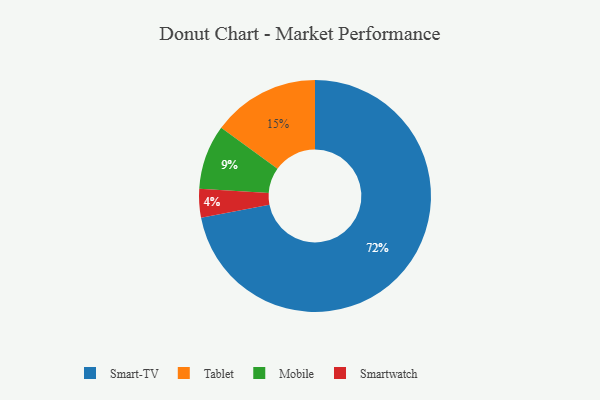
{"axis": {"x": "Category", "y": "Percentage"}, "legend": ["Mobile", "Smart-TV", "Smartwatch", "Tablet"], "data": [{"x": "Smartwatch", "y": 4, "type": "Smartwatch"}, {"x": "Tablet", "y": 15, "type": "Tablet"}, {"x": "Mobile", "y": 9, "type": "Mobile"}, {"x": "Smart-TV", "y": 72, "type": "Smart-TV"}]}